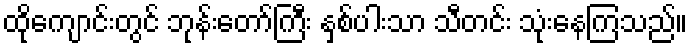
ထိုကျောင်းတွင် ဘုန်းတော်ကြီး နှစ်ပါးသာ သီတင်း သုံးနေကြသည်။